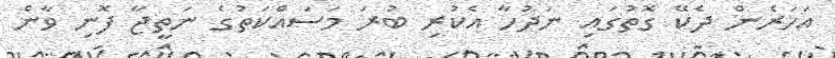
އަހަރެން ދެކޭ ގޮތުގައި ނަދުހާ އެކުރި ބުރަ މަސައްކަތުގެ ނަތީޖާ ފޮނި ވާން